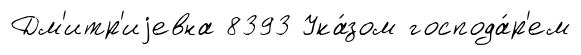
Дм'итр'иjевна 8393 Ука́зом господа́р'ем